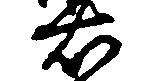
右